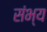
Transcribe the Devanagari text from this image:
संभ्य